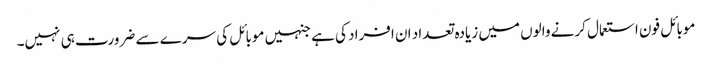
موبائل فون استعمال کرنے والوں میں زیادہ تعداد ان افراد کی ہے جنہیں موبائل کی سرے سے ضرورت ہی نہیں۔